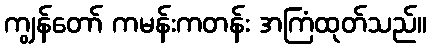
ကျွန်တော် ကမန်းကတန်း အကြံထုတ်သည်။